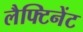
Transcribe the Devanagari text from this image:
लैफ्टिनेंट